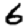
Digit: 6